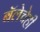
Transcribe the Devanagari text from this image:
बॅलेचेही